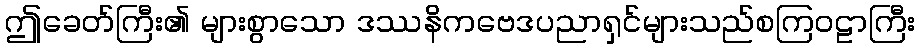
ဤခေတ်ကြီး၏ များစွာသော ဒဿနိကဗေဒပညာရှင်များသည်စကြဝဠာကြီး